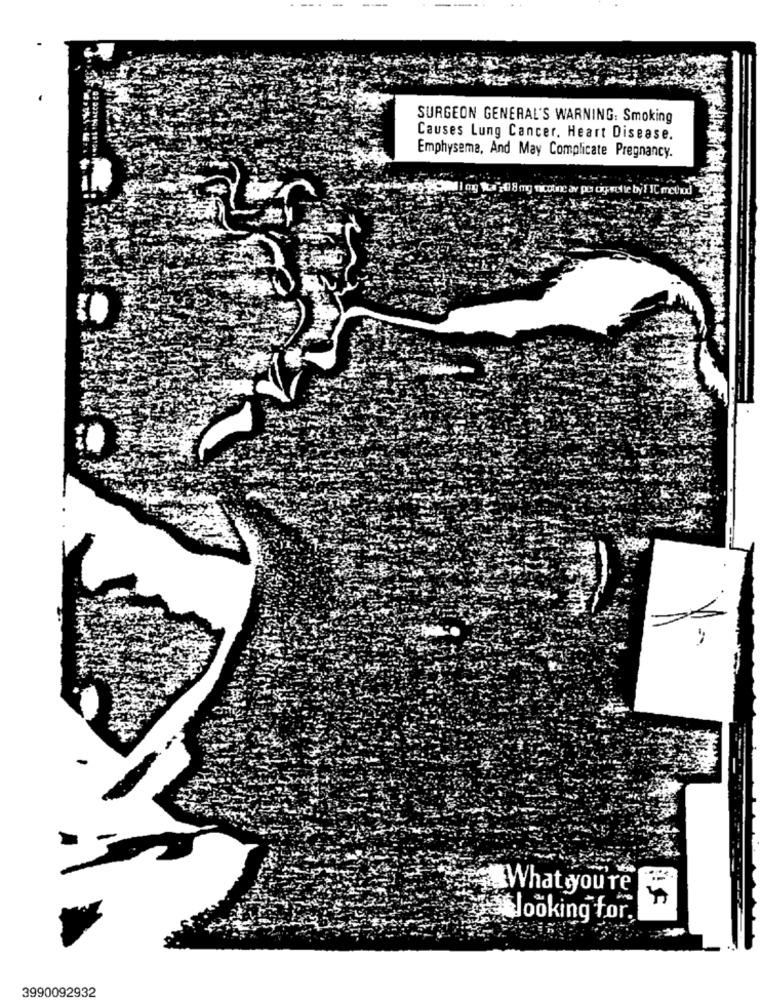
SURGEON GENERAL'S WARNING: Smoking
Causes Lung Cancer. Heart Disease.
Emphysema, And May Complicate Pregnancy.
RaWhat you're
looking for.
3990092932